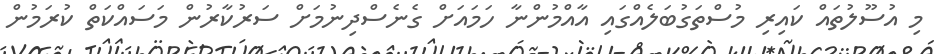
މި އުސޫލުތައް ކައިރި މުސްތަގުބަލެއްގައި އާއްމުންނާ ހަމައަށް ގެނެސްދިނުމަށް ސަރުކާރުން މަސައްކަތް ކުރަމުން